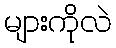
များကိုလဲ